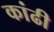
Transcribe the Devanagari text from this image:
कांढी